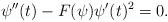
LaTeX: \begin{align*}\psi''(t) - F(\psi)\psi'(t)^{2} =0.\end{align*}